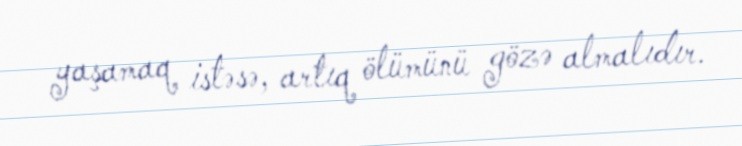
yaşamaq istəsə, artıq ölümünü gözə almalıdır.